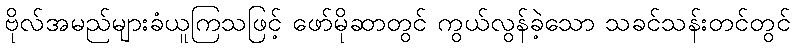
ဗိုလ်အမည်များခံယူကြသဖြင့် ဖော်မိုဆာတွင် ကွယ်လွန်ခဲ့သော သခင်သန်းတင်တွင်